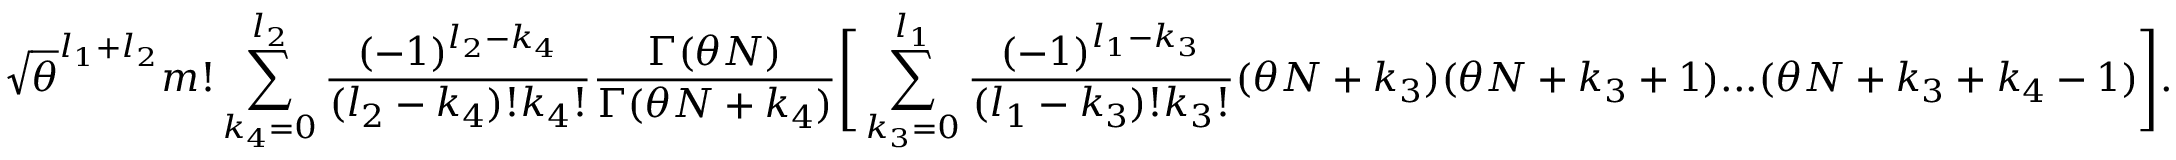
\sqrt { \theta } ^ { l _ { 1 } + l _ { 2 } } m ! \sum _ { k _ { 4 } = 0 } ^ { l _ { 2 } } \frac { ( - 1 ) ^ { l _ { 2 } - k _ { 4 } } } { ( l _ { 2 } - k _ { 4 } ) ! k _ { 4 } ! } \frac { \Gamma ( \theta N ) } { \Gamma ( \theta N + k _ { 4 } ) } \Bigg [ \sum _ { k _ { 3 } = 0 } ^ { l _ { 1 } } \frac { ( - 1 ) ^ { l _ { 1 } - k _ { 3 } } } { ( l _ { 1 } - k _ { 3 } ) ! k _ { 3 } ! } ( \theta N + k _ { 3 } ) ( \theta N + k _ { 3 } + 1 ) . . . ( \theta N + k _ { 3 } + k _ { 4 } - 1 ) \Bigg ] .